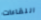
اللقاءات